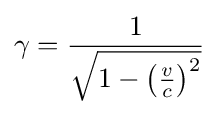
\gamma ={\frac {1}{\sqrt {1-\left({\frac {v}{c}}\right)^{2}}}}